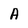
Character: A